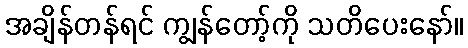
အချိန်တန်ရင် ကျွန်တော့်ကို သတိပေးနော်။